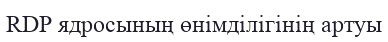
RDP ядросының өнімділігінің артуы